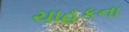
ચાહકના